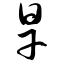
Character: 旱